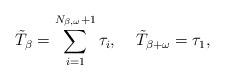
LaTeX: \begin{align*}\tilde{T}_\beta=\sum_{i=1}^{N_{\beta,\omega}+1}\tau_i,\:\:\:\:\:\tilde{T}_{\beta+\omega}=\tau_1,\end{align*}